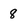
Character: 8